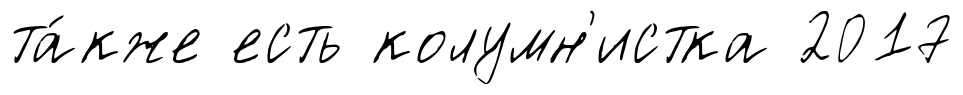
та́кже есть колумн'истка 2017